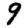
Digit: 9